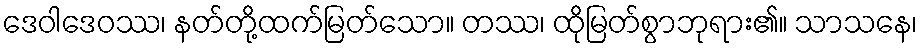
ဒေဝါဒေဝဿ၊ နတ်တို့ထက်မြတ်သော။ တဿ၊ ထိုမြတ်စွာဘုရား၏။ သာသနေ၊